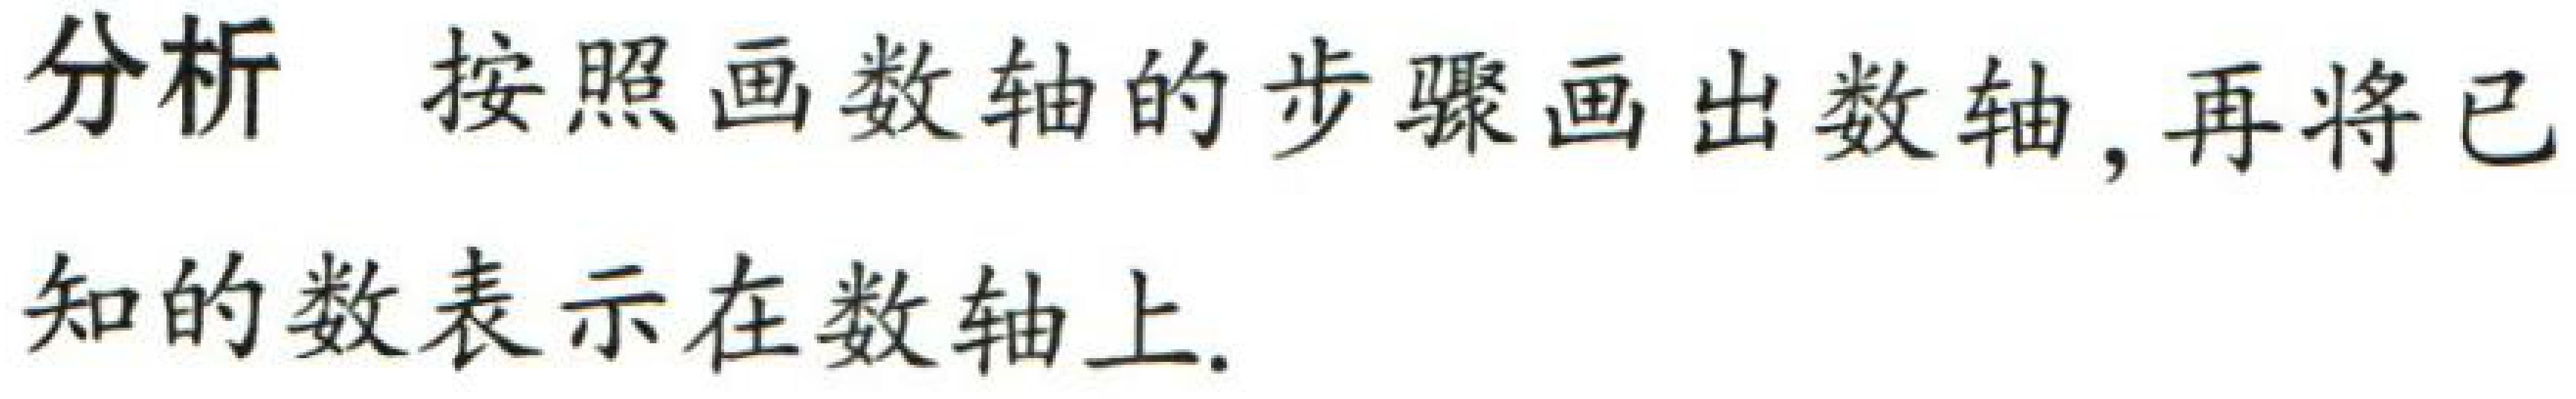
分析 按照画数轴的步骤画出数轴, 再将已
知的数表示在数轴上.